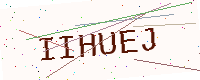
Text: IIHUEJ